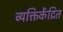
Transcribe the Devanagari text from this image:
व्यक्तिकेंद्रित